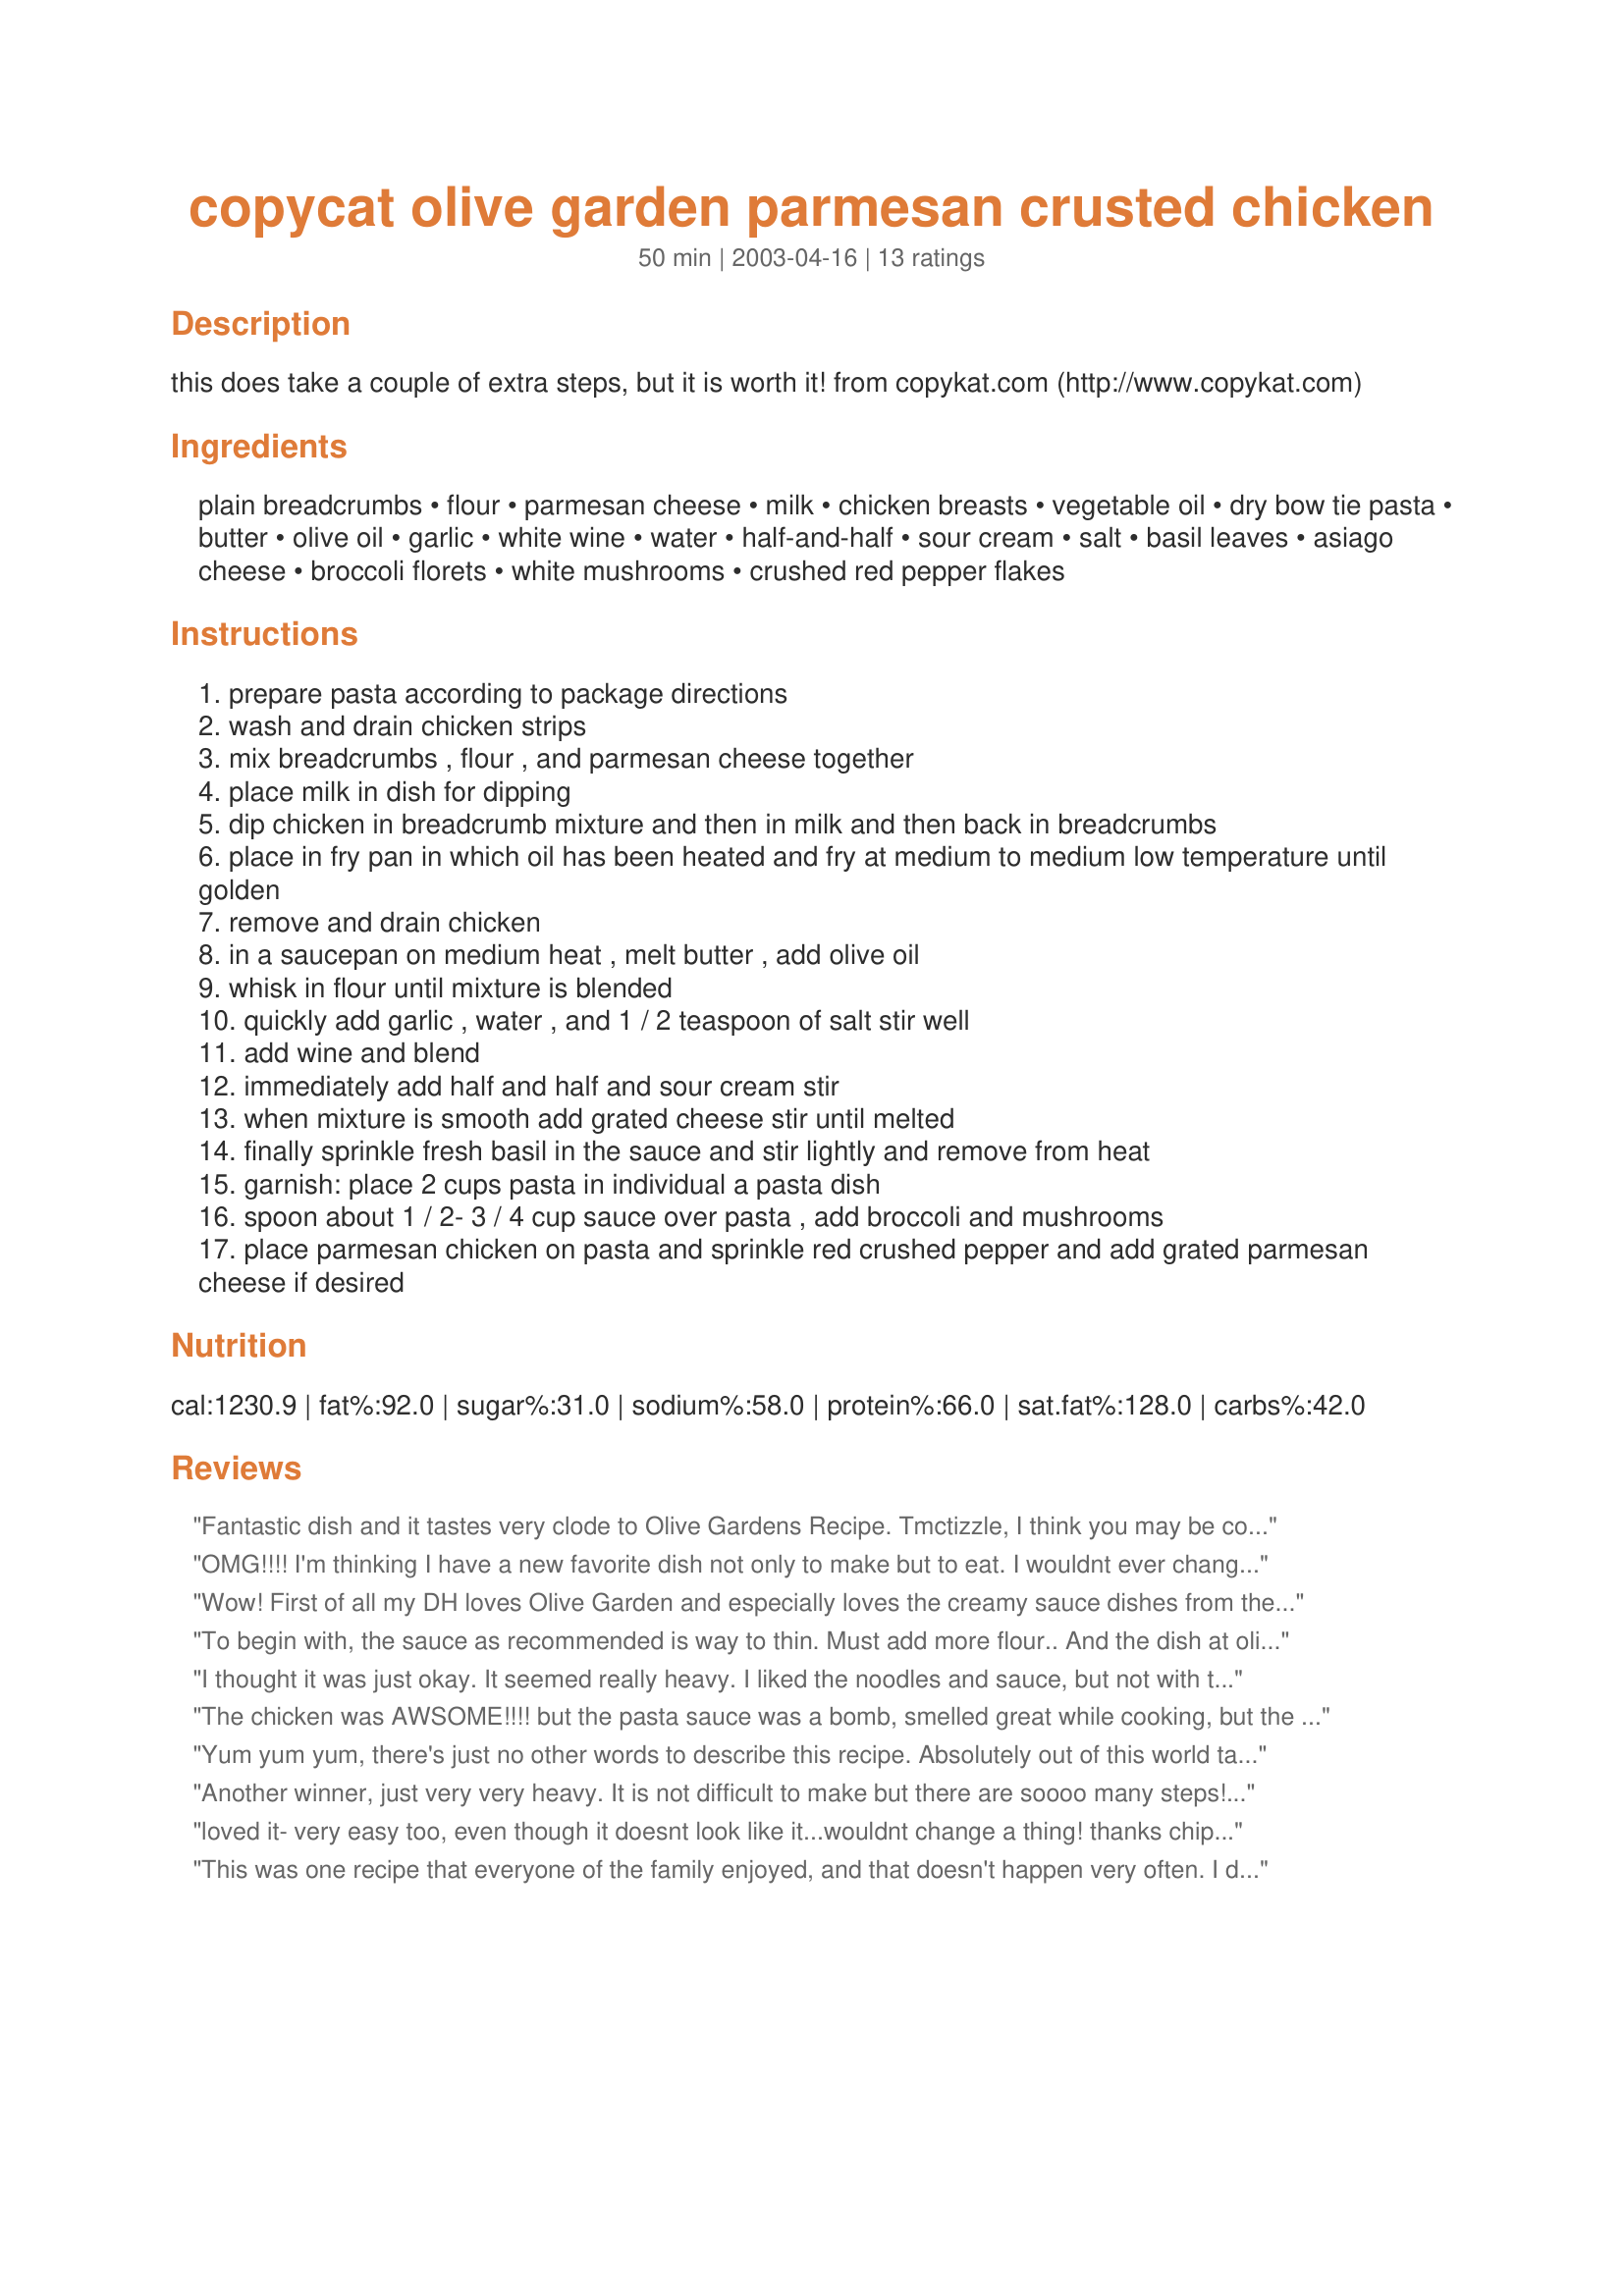
copycat olive garden parmesan crusted chicken
Preparation time: 50 minutes

this does take a couple of extra steps, but it is worth it! from copykat.com (http://www.copykat.com)

Ingredients:
plain breadcrumbs, flour, parmesan cheese, milk, chicken breasts, vegetable oil, dry bow tie pasta, butter, olive oil, garlic, white wine, water, half-and-half, sour cream, salt, basil leaves, asiago cheese, broccoli florets, white mushrooms, crushed red pepper flakes

Steps:
prepare pasta according to package directions
wash and drain chicken strips
mix breadcrumbs , flour , and parmesan cheese together
place milk in dish for dipping
dip chicken in breadcrumb mixture and then in milk and then back in breadcrumbs
place in fry pan in which oil has been heated and fry at medium to medium low temperature until golden
remove and drain chicken
in a saucepan on medium heat , melt butter , add olive oil
whisk in flour until mixture is blended
quickly add garlic , water , and 1 / 2 teaspoon of salt stir well
add wine and blend
immediately add half and half and sour cream stir
when mixture is smooth add grated cheese stir until melted
finally sprinkle fresh basil in the sauce and stir lightly and remove from heat
garnish: place 2 cups pasta in individual a pasta dish
spoon about 1 / 2- 3 / 4 cup sauce over pasta , add broccoli and mushrooms
place parmesan chicken on pasta and sprinkle red crushed pepper and add grated parmesan cheese if desired

Reviews:
Fantastic dish and it tastes very clode to Olive Gardens Recipe. Tmctizzle, I think you may be confusing this dish with the Chicken Parmesan which has a red sauce. This dish was on the Olive Garden menu periodically from 1999-2004. I was working there when it made an appearance on the menu and it was one of my favorite recipes. This is VERY close to the same recipe. Thanks for posting this!!
OMG!!!! I'm thinking I have a new favorite dish not only to make but to eat. I wouldnt ever change a thing!
Wow! First of all my DH loves Olive Garden and especially loves the creamy sauce dishes from there. He thought this was fabulous! So do I! Thanks :)
To begin with, the sauce as recommended is way to thin. Must add more flour.. And the dish at olive garden is served with a red tomato pasta sauce. Not this milky white stuff. And I would recommend eggs instead of milk, and way too much milk is required in this recipe for getting crumbs to stick to chicken, also, the crumbs could use more flour. Perhaps a whole wheat flour would suffice. I give this no stars. fail copy recipe.
I thought it was just okay. It seemed really heavy. I liked the noodles and sauce, but not with the breaded chicken. I would have preferred a grilled chicken or the breaded chicken with a red sauce.
The chicken was AWSOME!!!!

but the pasta sauce was a bomb, smelled great while cooking, but the flavour wasn't there.
Yum yum yum, there's just no other words to describe this recipe. Absolutely out of this world taste, savoury and delicious.
I replaced asiago cheese for swiss, and used penne pasta; it was still wonderful. This surely
deserves a 5-star rating, I will for sure make it again and again.
Thank you Chippie for a wonderful
recipe.
Another winner, just very very heavy. It is not difficult to make but there are soooo many steps!! Well worth it tho! DELISH!!!
loved it- very easy too, even though it doesnt look like it...wouldnt change a thing! thanks chippie!
This was one recipe that everyone of the family enjoyed, and that doesn't happen very often. I didn't have fresh basil, so used dried, and didn't have mushrooms either. I have found that although I love drinking wine, my family and I don't really like the taste of it in the recipes I have tried so instead of wine I used chicken broth. This is a recipe that I will definately make many times.
Delicious!! Be sure to have all ingredients measured and ready for the sauce. My pasta was done before the sauce so I tossed it in the sauce to heat thru -- it was great because I used penne and the sauce oozed into the noodles. Also, for breading I used 1/2 c italian breadcrumbs and real italian parmesan for flavor and 1/2 c Panko (Japanese) breadcrumbs for more crunch. And since I had fresh basil in the garden I added more than 1/8 tsp. Very good dish!
I found this tasty but on the dry side. I used wheat elbows so I'm not sure if they absorbed more of the liquid then a white pasta. This is quite time consuming so have all ingredents measured before you start.
My husband loves this dish!
